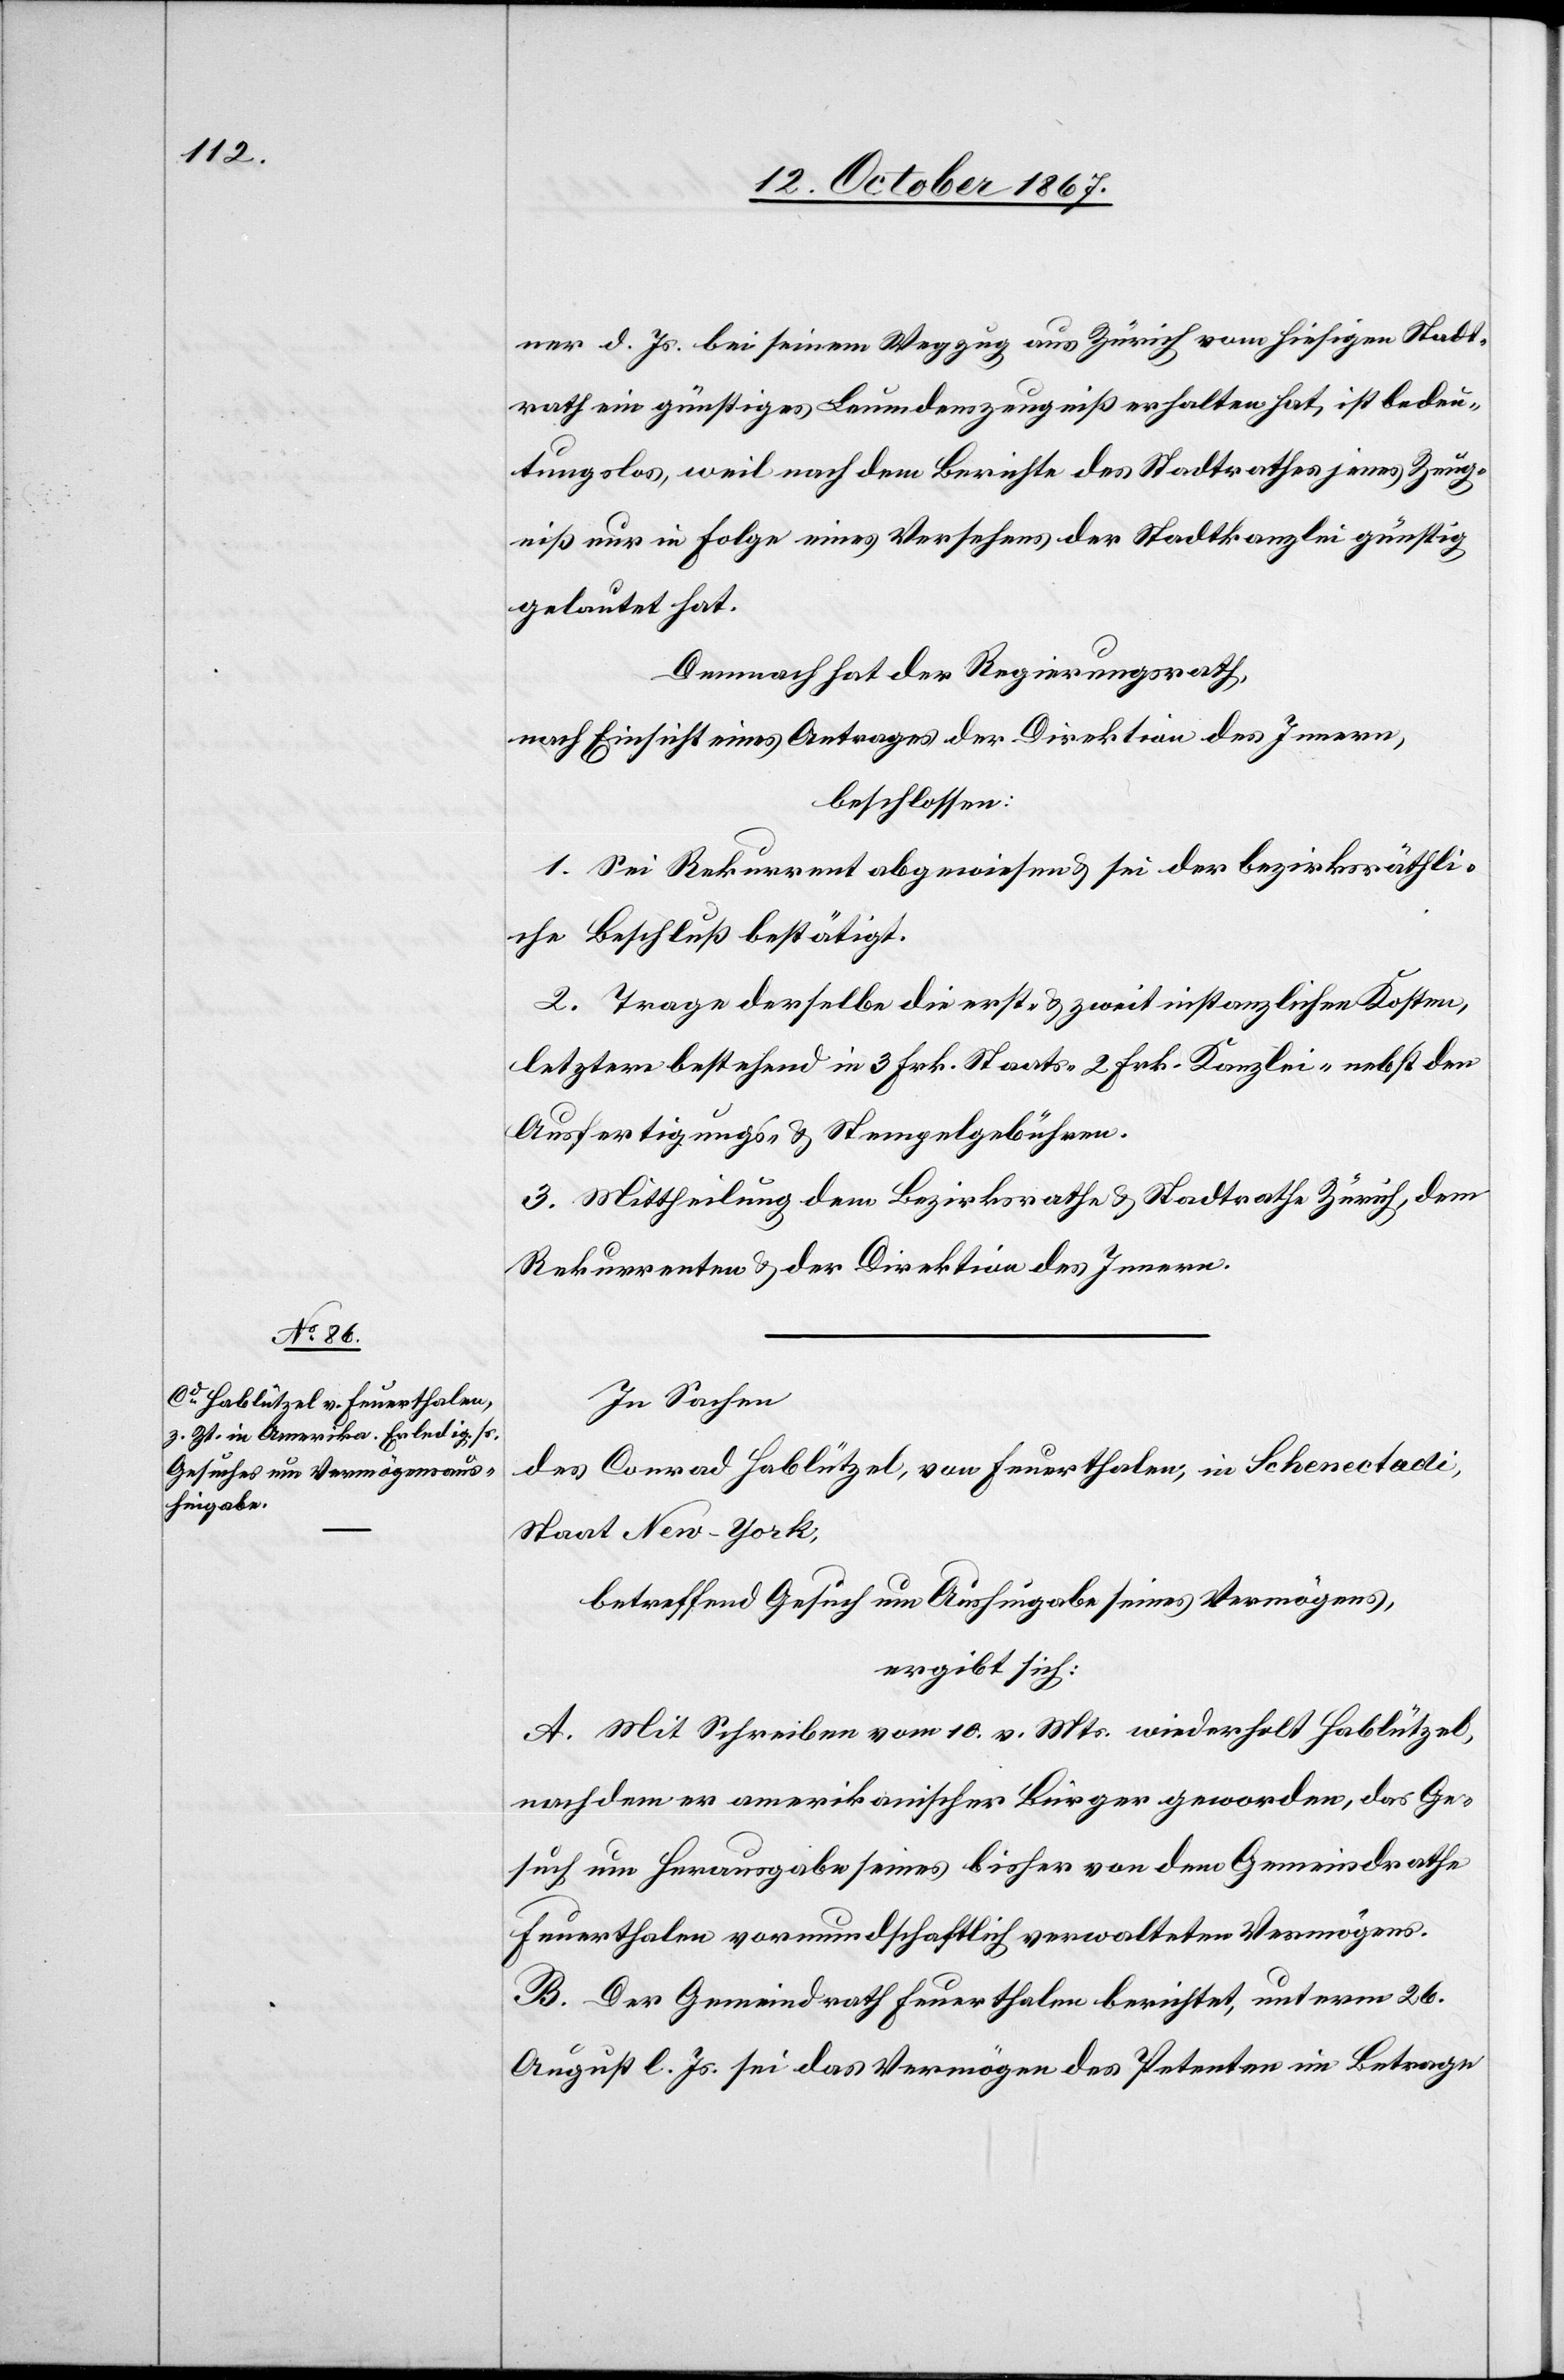
er d. Js. bei seinem Wegzug aus Zürich vom hiesigen Stadt¬
rath ein günstiges Leumdenszeugniß erhalten hat, ist bedeu¬
tungslos, weil nach dem Berichte des Stadtrathes jenes Zeug¬
niß nur in Folge eines Versehens der Stadtkanzlei günstig
gelautet hat.
Demnach hat der Regierungsrath,
nach Einsicht eines Antrages der Direktion des Innern,
beschlossen:
1. Sei Rekurrent abgewiesen u. sei der bezirksräthli¬
che Beschluß bestätigt.
2. Trage derselbe die erst- u. zweitinstanzlichen Kosten,
letztere bestehend in 3 Frk. Staats-[,] 2 Frk. Kanzlei- nebst den
Ausfertigungs- u. Stempelgebühren.
3. Mittheilung dem Bezirksrathe u. Stadtrathe Zürich, dem
Rekurrenten u. der Direktion des Innern.
In Sachen
des Conrad Hablützel, von Feuerthalen, in Schenectadi,
Staat New-York,
betreffend Gesuch um Aushingabe seines Vermögens,
ergibt sich:
A. Mit Schreiben vom 10. v. Mts. wiederholt Hablützel
nach dem er amerikanischer Bürger geworden, das Ge¬
such um Herausgabe seines bisher von dem Gemeindrathe
Feuerthalen vormundschaftlich verwalteten Vermögens.
B. Der Gemeindrath Feuerthalen berichtet, unterm 26.
August l. Js. sei das Vermögen des Petenten im Betrage